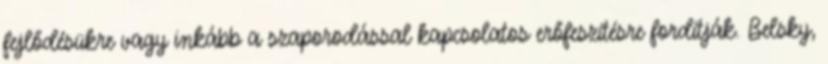
fejlődésükre vagy inkább a szaporodással kapcsolatos erőfeszítésre fordítják. Belsky,